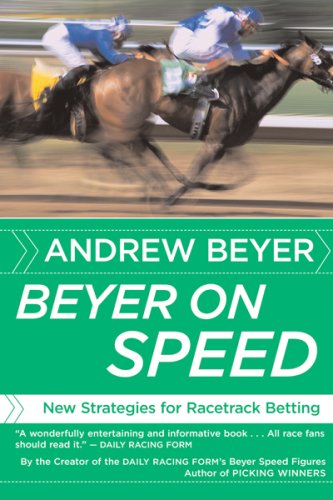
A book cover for Beyer on Speed: New Strategies for Racetrack Betting; Andrew Beyer; Humor & Entertainment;